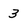
Character: 3